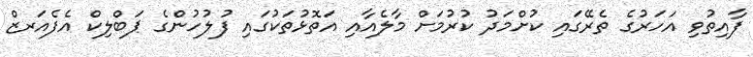
ފާއިތުވި އަހަރުގެ ތެރޭގައި ކުށްމަދު ކުރުމަށް މާލެއާއި އަތޮޅުތަކުގައި ފުލުހުންގެ ޕަބްލިކް އެފެއަރޒް